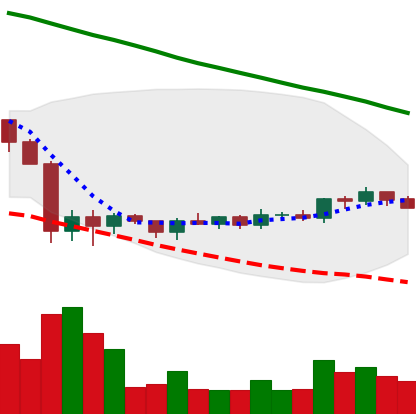
Ticker: ADA-USD
Chart end date: 2019-10-11
Forward return: -4.633%
Label: down_3_5